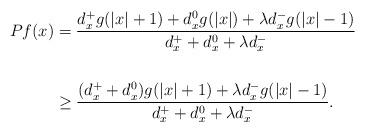
LaTeX: \begin{align*} Pf(x) &=\frac{d_x^+g(|x| +1)+d_x^0g(|x|)+\lambda d_x^-g(|x|-1)}{d_x^++d_x^0+\lambda d_x^{-}} \\ \, \\ &\ge \frac{(d_x^+ + d_x^0) g(|x|+1)+ \lambda d_x^-g(|x|-1)}{d_x^++d_x^0+\lambda d_x^{-}} .\end{align*}